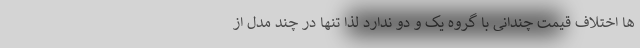
ها اختلاف قیمت چندانی با گروه یک و دو ندارد لذا تنها در چند مدل از